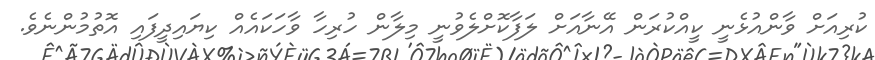
ކުރިއަށް ވާންއުޅެނީ ކީއްކުރަން އޭނާއަށް ލަފާކޮށްލެވުނީ މިލާން ހުރިހާ ވާހަކައެއް ކިޔައިދީފައި އޮތުމުންނެވެ.